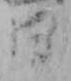
月